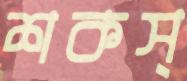
শকস্